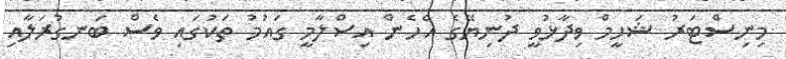
މިނިސްޓަރު ޝަހީމް ވިދާޅުވީ ދުނިޔޭގެ އެހެން އިސްލާމީ ގައުމު ތަކުގައި ވެސް ބަނގުރަލާއި